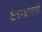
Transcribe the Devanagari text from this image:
क्षेत्ररक्षणाची